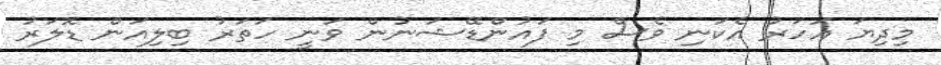
މިދިޔަ އަހަރު އެކަނި ވެސް މި ފައުންޑޭޝަނުން ވަނީ ހަތަރު ބިލިއަން ޑޮލަރުު